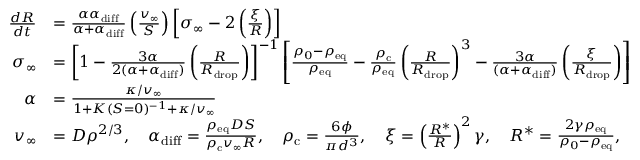
\begin{array} { r l } { \frac { d R } { d t } } & { = \frac { \alpha \alpha _ { \mathrm { d i f f } } } { \alpha + \alpha _ { \mathrm { d i f f } } } \left( \frac { v _ { \infty } } { S } \right) \left[ \sigma _ { \infty } - 2 \left( \frac { \xi } { R } \right) \right] } \\ { \sigma _ { \infty } } & { = \left[ 1 - \frac { 3 \alpha } { 2 ( \alpha + \alpha _ { \mathrm { d i f f } } ) } \left( \frac { R } { R _ { \mathrm { d r o p } } } \right) \right] ^ { - 1 } \left[ \frac { \rho _ { 0 } - \rho _ { \mathrm { e q } } } { \rho _ { \mathrm { e q } } } - \frac { \rho _ { \mathrm { c } } } { \rho _ { \mathrm { e q } } } \left( \frac { R } { R _ { \mathrm { d r o p } } } \right) ^ { 3 } - \frac { 3 \alpha } { ( \alpha + \alpha _ { \mathrm { d i f f } } ) } \left( \frac { \xi } { R _ { \mathrm { d r o p } } } \right) \right] } \\ { \alpha } & { = \frac { \kappa / v _ { \infty } } { 1 + K ( S = 0 ) ^ { - 1 } + \kappa / v _ { \infty } } } \\ { v _ { \infty } } & { = D \rho ^ { 2 / 3 } , \quad \alpha _ { \mathrm { d i f f } } = \frac { \rho _ { \mathrm { e q } } D S } { \rho _ { \mathrm { c } } v _ { \infty } R } , \quad \rho _ { \mathrm { c } } = \frac { 6 \phi } { \pi d ^ { 3 } } , \quad \xi = \left( \frac { R ^ { * } } { R } \right) ^ { 2 } \gamma , \quad R ^ { * } = \frac { 2 \gamma \rho _ { \mathrm { e q } } } { \rho _ { 0 } - \rho _ { \mathrm { e q } } } , } \end{array}